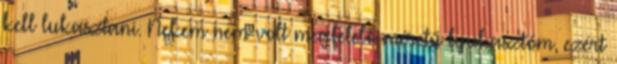
kell lukasztani. Nekem nem volt megfelelő méretű lyukasztóm, ezért